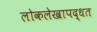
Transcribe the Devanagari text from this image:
लोकलेखापद्धत